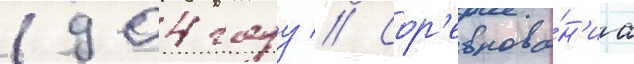
1904 году // Сор'евнова́н'иа